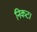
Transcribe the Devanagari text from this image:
निकट।